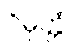
ဝိမုတ္တံ